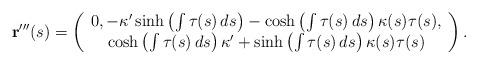
LaTeX: \begin{align*}\mathbf{r}^{\prime \prime \prime }(s)=\left(\begin{array}{c}0,-\kappa ^{\prime }\sinh \left( \int \tau (s)\,ds\right) -\cosh \left( \int\tau (s)\,ds\right) \kappa (s)\tau (s), \\\cosh \left( \int \tau (s)\,ds\right) \kappa ^{\prime }+\sinh \left( \int\tau (s)\,ds\right) \kappa (s)\tau (s)\end{array}\right).\end{align*}